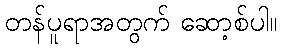
တန်ပူရာအတွက် ဆော့စ်ပါ။